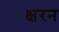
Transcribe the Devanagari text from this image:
क्षरन